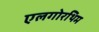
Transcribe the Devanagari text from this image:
एलगोरथिम